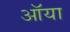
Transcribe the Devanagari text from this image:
ऑया